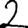
Digit: 2